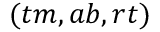
( t m , a b , r t )